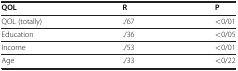
| QOL | R | P |
 | --- | --- | --- |
 | QOL (totally) | ./67 | <0/01 |
 | Education | ./36 | <0/05 |
 | Income | ./53 | <0/01 |
 | Age | ./33 | <0/22 |